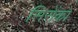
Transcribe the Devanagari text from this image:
सिरोंको